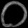
Digit: ၀